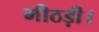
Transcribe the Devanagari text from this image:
मीठड़ी।